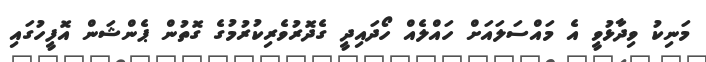
މަނިކު ވިދާޅުވީ އެ މައްސަލައަށް ހައްލެއް ހޯދައިދީ ގެދޮރުވެރިކުރުމުގެ ގޮތުން ޕެންޝަން އޮފީހުގައި